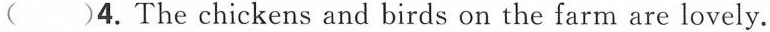
( )4. The chickens and birds on the farm are lovely.